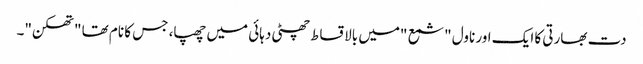
دت بھارتی کا ایک اور ناول "شمع "میں بالاقساط چھٹی دہائی میں چھپا، جس کا نام تھا "تھکن"۔